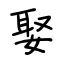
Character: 娶